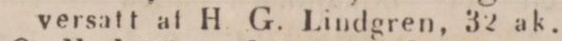
versatt af H. G. Lindgren, 32 ak.